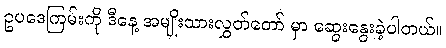
ဥပဒေကြမ်းကို ဒီနေ့ အမျိုးသားလွှတ်တော် မှာ ဆွေးနွေးခဲ့ပါတယ်။